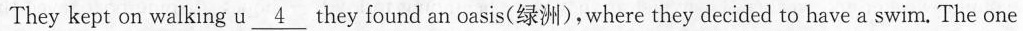
They kept on walking u \underline{4} they _found an oasis(绿洲),where they decided to have a swim. The one